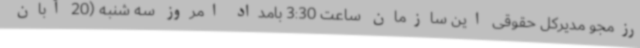
رزمجو مدیرکل حقوقی این سازمان ساعت 3:30 بامداد امروز سه شنبه (20 آبان